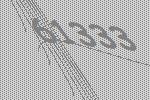
61333